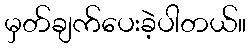
မှတ်ချက်ပေးခဲ့ပါတယ်။